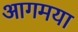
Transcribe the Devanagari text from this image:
आगमया